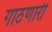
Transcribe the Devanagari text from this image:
गाठणारी